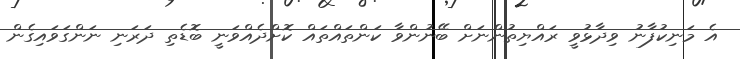
އެ މަނިކުފާނު ވިދާޅުވީ ރައްޔިތުންނަށް ބޭނުންވާ ކަންތައްތައް ކޮށްދެއްވަނީ ބޮޑެތި ދަރަނި ނަންގަވައިގެން